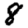
Digit: 8